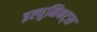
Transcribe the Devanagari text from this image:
इल्युमिनट्स